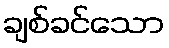
ချစ်ခင်သော